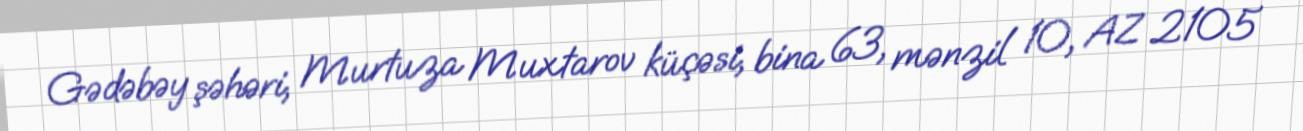
Gədəbəy şəhəri, Murtuza Muxtarov küçəsi, bina 63, mənzil 10, AZ 2105